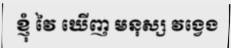
ខ្ញុំ វៃ ឃើញ មនុស្ស វង្វេង